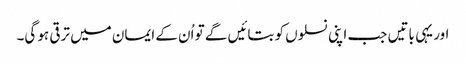
اور یہی باتیں جب اپنی نسلوں کو بتائیں گے تو اُن کے ایمان میں ترقی ہو گی۔